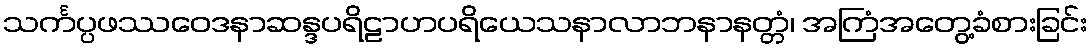
သင်္ကပ္ပဖဿဝေဒနာဆန္ဒပရိဠာဟပရိယေသနာလာဘနာနတ္တံ၊ အကြံအတွေ့ခံစားခြင်း